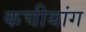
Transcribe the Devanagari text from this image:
कचीयांग